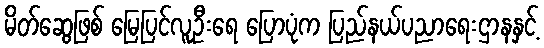
မိတ်ဆွေဖြစ် မြေပြင်လူဦးရေ ပြောပုံက ပြည်နယ်ပညာရေးဌာနနှင့်